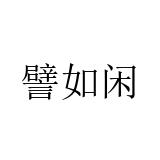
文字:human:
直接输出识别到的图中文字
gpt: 譬如闲